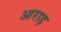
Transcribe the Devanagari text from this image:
आराड़